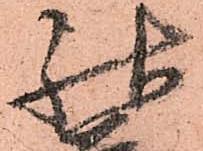
祐